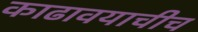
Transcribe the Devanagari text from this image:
काढावयाचीच